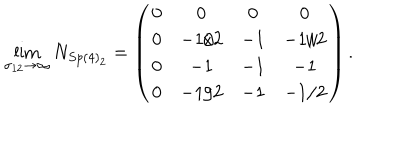
LaTeX: \lim _ { \sigma _ { 1 2 } \rightarrow \infty } N _ { S p ( 4 ) _ { 2 } } = \left( \begin{array} { c c c c } { { 0 } } & { { 0 } } & { { 0 } } & { { 0 } } \\ { { 0 } } & { { - 1 / 2 } } & { { - 1 } } & { { - 1 / 2 } } \\ { { 0 } } & { { - 1 } } & { { - 1 } } & { { - 1 } } \\ { { 0 } } & { { - 1 / 2 } } & { { - 1 } } & { { - 1 / 2 } } \\ \end{array} \right) .